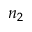
n _ { 2 }